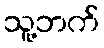
သူ့ဘက်